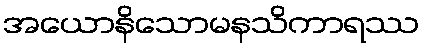
အယောနိသောမနသိကာရဿ